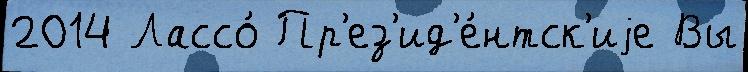
2014 Лассо́ Пр'ез'ид'е́нтск'иjе Вы